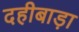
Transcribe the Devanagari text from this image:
दहीबाड़ा